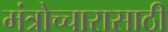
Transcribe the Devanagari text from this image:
मंत्रोच्चारासाठी